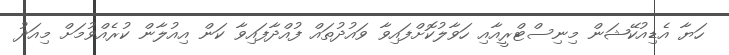
ހަޔާ އެޑިއުކޭޝަން މިނިސްޓްރީއާއި ހަވާލުކޮށްފައިވާ ވައުދުތައް ފުއްދާފައިވާ ކަން އިއުލާން ކުރެއްވުމަށް މިއަދު